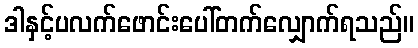
ဒါနှင့်ပလက်ဖောင်းပေါ်တက်လျှောက်ရသည်။